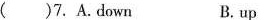
( )7.A.Down B. up